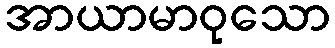
အာယာမာဝုသော